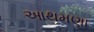
આથમણા